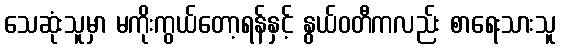
သေဆုံးသူမှာ မကိုးကွယ်တော့ရန်နှင့် နွယ်ဝတီကလည်း စာရေးသားသူ